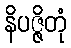
နိပဇ္ဇိတုံ